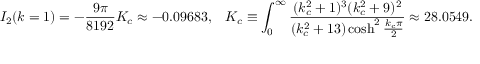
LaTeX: I _ { 2 } ( k = 1 ) = - \frac { 9 \pi } { 8 1 9 2 } K _ { c } \approx - 0 . 0 9 6 8 3 , \; \; \; K _ { c } \equiv \int _ { 0 } ^ { \infty } \frac { ( k _ { c } ^ { 2 } + 1 ) ^ { 3 } ( k _ { c } ^ { 2 } + 9 ) ^ { 2 } } { ( k _ { c } ^ { 2 } + 1 3 ) \cosh ^ { 2 } \frac { k _ { c } \pi } { 2 } } \approx 2 8 . 0 5 4 9 .